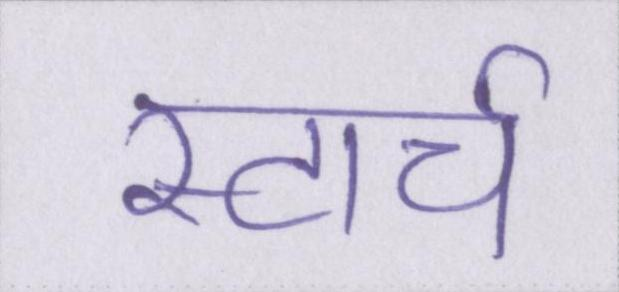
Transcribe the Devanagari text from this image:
स्टार्च